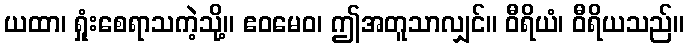
ယထာ၊ ရှုံးစေရာသကဲ့သို့။ ဧဝမေဝ၊ ဤအတူသာလျှင်။ ဝီရိယံ၊ ဝီရိယသည်။